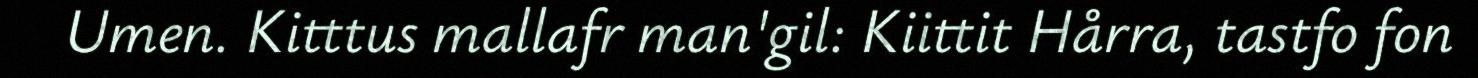
Umen. Kitttus mallafr man'gil: Kiittit Hårra, tastfo fon